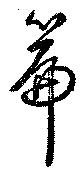
篇